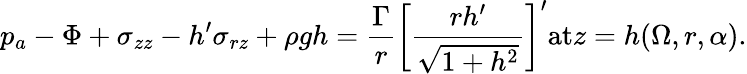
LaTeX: p_{a}-\Phi+\sigma_{zz}-h^{\prime}\sigma_{rz}+\rho{g}h=\frac{\Gamma}{r}\left[\frac{rh^{\prime}}{\sqrt{1+h^{2}}}\right]^{\prime}\textrm{at}z=h(\Omega,r,\alpha).